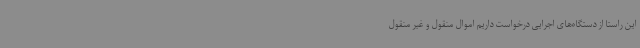
این راستا از دستگاه‌های اجرایی درخواست داریم اموال منقول و غیر منقول